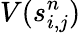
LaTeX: V(s_{i,j}^{n})